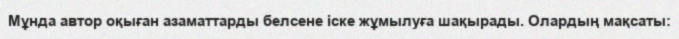
Мұнда автор оқыған азаматтарды белсене іске жұмылуға шақырады. Олардың мақсаты: